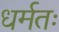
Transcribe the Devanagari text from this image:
धर्मतः